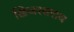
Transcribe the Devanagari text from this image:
खिजरसराय